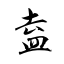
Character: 盍